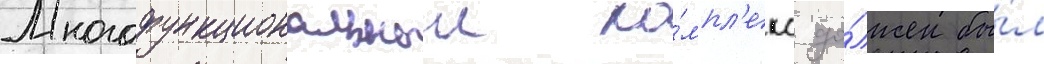
Многофункциональныи ко́мпл'екс до́лжен бы́л